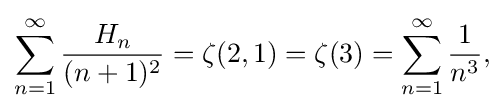
\sum _{n=1}^{\infty }{\frac {H_{n}}{(n+1)^{2}}}=\zeta (2,1)=\zeta (3)=\sum _{n=1}^{\infty }{\frac {1}{n^{3}}},\!